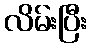
လိမ်းပြီး